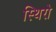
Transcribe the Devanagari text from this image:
स्थिरो